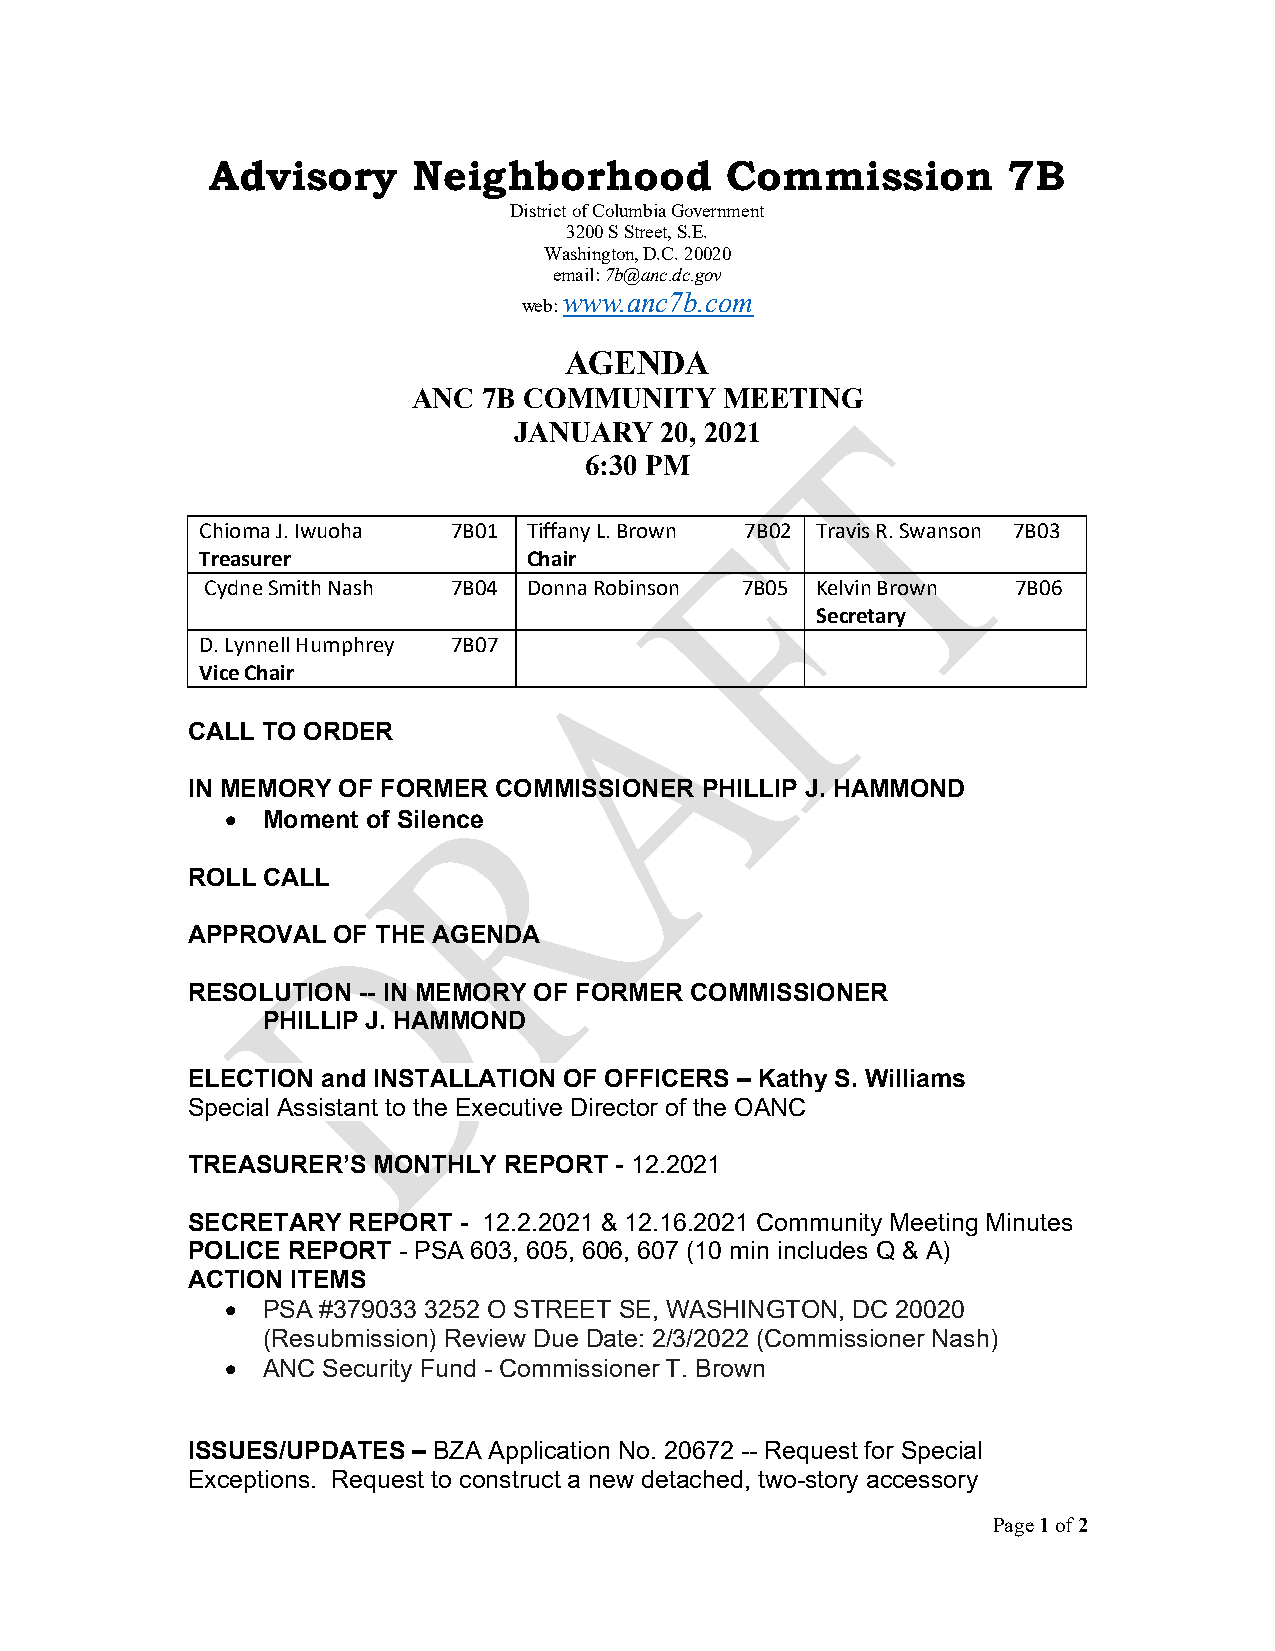
Advisory     Neighborhood         Commission         7B
 District of Columbia Government
 3200 S Street, S.E.
 Washington, D.C. 20020
 email: 7b@anc.dc.gov
 www.anc7b.com
 web:
 AGENDA
 ANC  7B COMMUNITY    MEETING
 JANUARY   20, 2021
 6:30 PM
 Chioma J. Iwuoha 7B01 T i f f a ny L. Brown 7B02 T r a v i s R. Swanson 7B03
 Treasurer             Chair
 Cydne Smith Nash 7B04 Donna Robinson 7B05 K e lvin Brown 7B06
 Secretary
 D. Lynnell Humphrey 7B07
 Vice Chair
 CALL TO ORDER
 IN MEMORY OF FORMER  COMMISSIONER PHILLIP J. HAMMOND
 • Moment of Silence
 ROLL CALL
 APPROVAL  OF THE AGENDA
 RESOLUTION  -- IN MEMORY OF FORMER COMMISSIONER
 PHILLIP J. HAMMOND
 ELECTION and INSTALLATION OF OFFICERS – Kathy S. Williams
 Special Assistant to the Executive Director of the OANC
 TREASURER’S  MONTHLY REPORT  - 12.2021
 SECRETARY  REPORT - 12.2.2021 & 12.16.2021 Community Meeting Minutes
 POLICE REPORT - PSA 603, 605, 606, 607 (10 min includes Q & A)
 ACTION ITEMS
 • PSA #379033 3252 O STREET SE, WASHINGTON, DC 20020
 (Resubmission) Review Due Date: 2/3/2022 (Commissioner Nash)
 • ANC Security Fund - Commissioner T. Brown
 ISSUES/UPDATES – BZA Application No. 20672 -- Request for Special
 Exceptions. Request to construct a new detached, two-story accessory
 Page 1 of 2